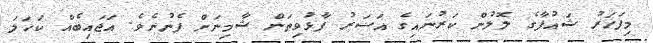
މިފަހަރު ޝައުފާގެ ލޮލުން ކަރުނައިގެ އަސަރު ފާޅުވިތަން ޝާމިނަށް ފެނުނެވެ. އަޖައިބެއް ކަހަލަ